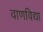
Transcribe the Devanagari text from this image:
वाणविद्या